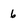
Character: 6